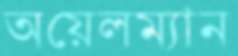
অয়েলম্যান